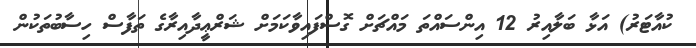
ކުއާޓަރު) އަޅާ ބަލާއިރު 12 އިންސައްތަ މައްޗަށް ގޮސްފައިވާކަމަށް ޝަރްޢީދާއިރާގެ ތަފާސް ހިސާބުތަކުން